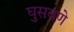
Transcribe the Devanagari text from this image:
घुसवणे